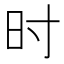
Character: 时